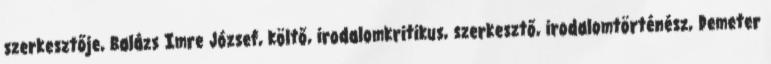
szerkesztője, Balázs Imre József, költő, irodalomkritikus, szerkesztő, irodalomtörténész, Demeter